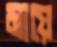
মায়ে